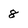
Character: 8